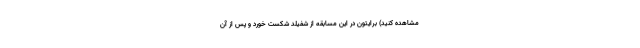
مشاهده کنید) برایتون در این مسابقه از شفیلد شکست خورد و پس از آن